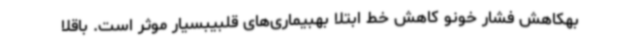
بهکاهش فشار خونو کاهش خط ابتلا بهبیماری‌های قلبیبسیار موثر است. باقلا